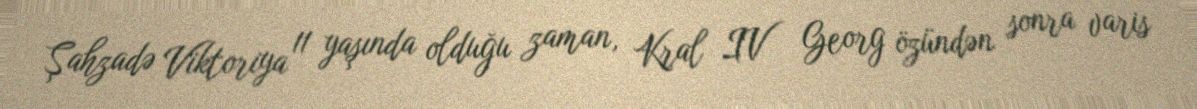
Şahzadə Viktoriya 11 yaşında olduğu zaman, Kral IV Georg özündən sonra varis